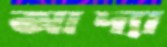
আদ্যা